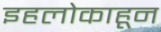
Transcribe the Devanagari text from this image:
इहलोकाहून